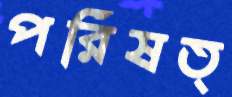
পরিষত্